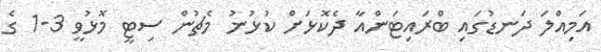
އަމިއްލަ ދަނޑުގައި ބްރައިޓަންއާ ދެކޮޅަށް ކުޅުނު މެޗުން ސިޓީ މޮޅުވީ 3-1 ގެ